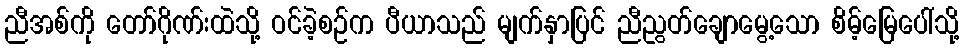
ညီအစ်ကို တော်ဂိုဏ်းထဲသို့ ဝင်ခဲ့စဉ်က ပီယာသည် မျက်နှာပြင် ညီညွတ်ချောမွေ့သော စိမ့်မြေပေါ်သို့